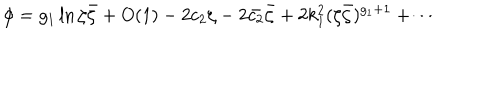
LaTeX: \phi = g _ { 1 } \ln \zeta \bar { \zeta } + O ( 1 ) - 2 c _ { 2 } \zeta - 2 \bar { c _ { 2 } } \bar { \zeta } + 2 k _ { 1 } ^ { 2 } ( \zeta \bar { \zeta } ) ^ { g _ { 1 } + 1 } + \cdots